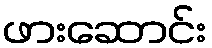
ဖားဆောင်း